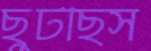
ছুটছিস